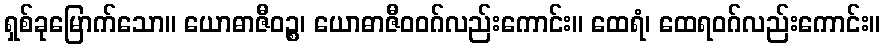
ရှစ်ခုမြောက်သော။ ယောဓာဇီဝဉ္စ၊ ယောဓာဇီဝဝဂ်လည်းကောင်း။ ထေရံ၊ ထေရဝဂ်လည်းကောင်း။